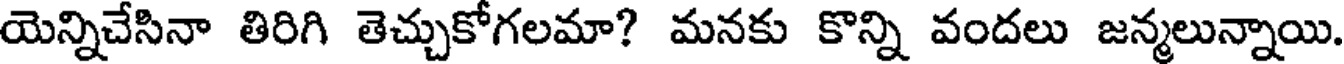
యెన్నిచేసినా తిరిగి తెచ్చుకోగలమా? మనకు కొన్ని వందలు జన్మలున్నాయి.